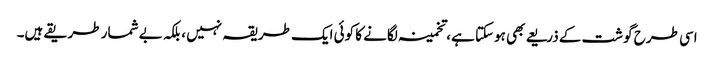
اسی طرح گوشت کے ذریعے بھی ہوسکتا ہے، تخمینہ لگانے کا کوئی ایک طریقہ نہیں ، بلکہ بے شمار طریقے ہیں۔